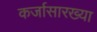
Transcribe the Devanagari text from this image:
कर्जासारख्या